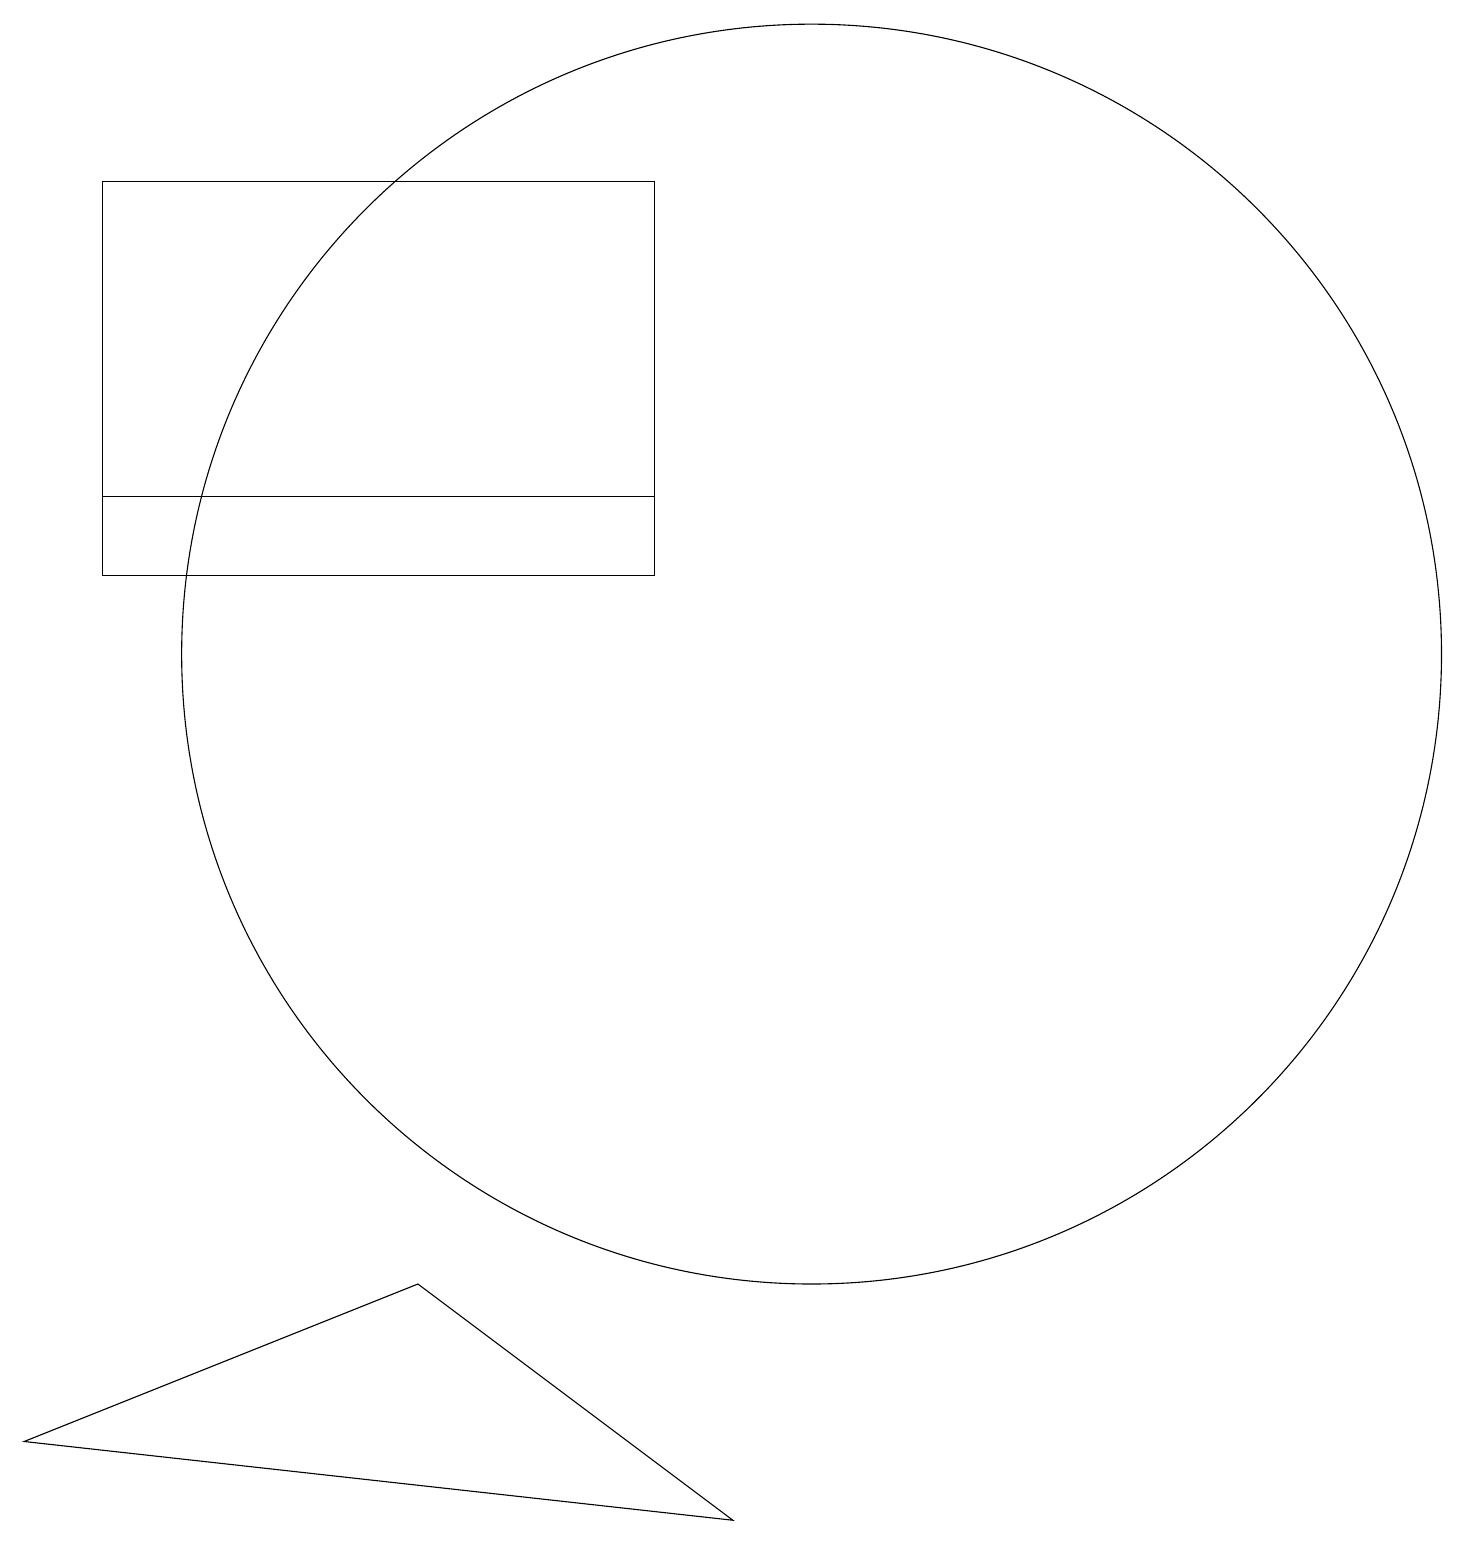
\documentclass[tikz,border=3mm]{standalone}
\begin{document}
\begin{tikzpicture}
\draw (9,0) -- (0,1) -- (5,3) -- cycle;
\draw (1,13) rectangle (8,17);
\draw (8,12) rectangle (1,13);
\draw (10,11) circle (8);
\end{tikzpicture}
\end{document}